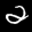
Label: 2